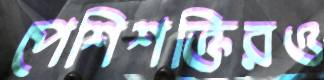
পেশিশক্তিরও